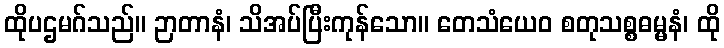
ထိုပဌမဂ်သည်။ ဉာတာနံ၊ သိအပ်ပြီးကုန်သော။ တေသံယေဝ စတုသစ္စဓမ္မနံ၊ ထို